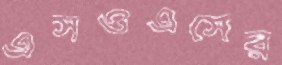
এসওএসের